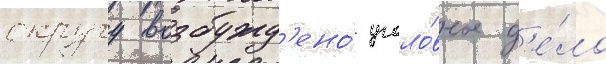
округу возбужд'ено́ уголо́вное д'е́ло